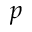
p